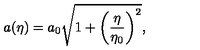
a ( \eta ) = a _ { 0 } \sqrt { 1 + \left( { \frac { \eta } { \eta _ { 0 } } } \right) ^ { 2 } } ,